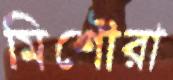
মিশৌরা